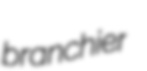
branchier